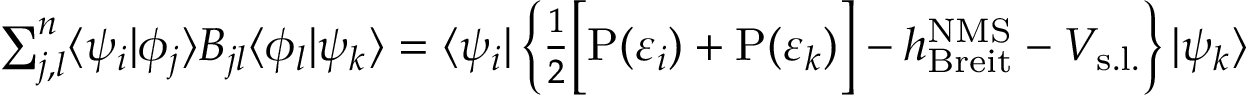
\begin{array} { r } { \sum _ { j , l } ^ { n } \langle \psi _ { i } | \phi _ { j } \rangle B _ { j l } \langle \phi _ { l } | \psi _ { k } \rangle = \langle \psi _ { i } | \left\{ \frac { 1 } { 2 } \Big [ \mathrm { P } ( \varepsilon _ { i } ) + \mathrm { P } ( \varepsilon _ { k } ) \Big ] - h _ { \mathrm { B r e i t } } ^ { \mathrm { N M S } } - V _ { \mathrm { s . l . } } \right\} | \psi _ { k } \rangle } \end{array}